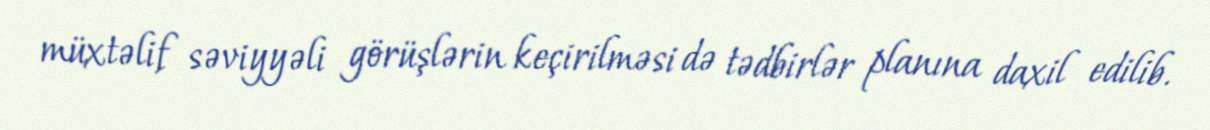
müxtəlif səviyyəli görüşlərin keçirilməsi də tədbirlər planına daxil edilib.